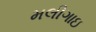
મલીગાઇ